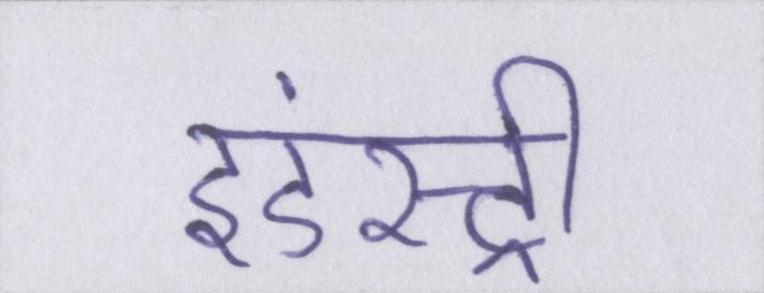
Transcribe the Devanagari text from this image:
इंडस्ट्री